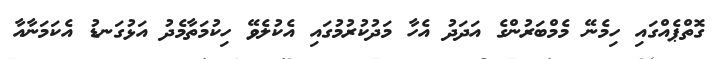
ގޮތްޕެއްގައި ހިމެނޭ މެމްބަރުންގެ އަދަދު އެހާ މަދުކުރުމުގައި އެކުލެވޭ ހިކުމަތާމެދު އަޅުގަނޑު އެކަމަނާއާ